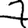
Digit: 7